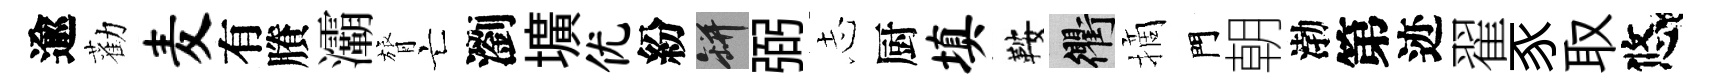
逾勸麦有賸灞膂亡瀏壙优紛瓶弼𢖽厨填鞍衢摘門朝渤第迹翟豕取悠